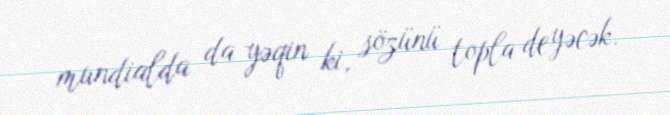
mundialda da yəqin ki, sözünü topla deyəcək.